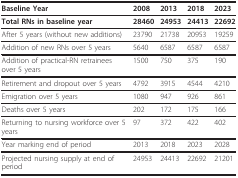
<table><thead><tr><td><b>Baseline Year</b></td><td><b>2008</b></td><td><b>2013</b></td><td><b>2018</b></td><td><b>2023</b></td></tr></thead><tbody><tr><td><b>Total RNs in baseline year</b></td><td><b>28460</b></td><td><b>24953</b></td><td><b>24413</b></td><td><b>22692</b></td></tr><tr><td>After 5 years (without new additions)</td><td>23790</td><td>21738</td><td>20953</td><td>19259</td></tr><tr><td>Addition of new RNs over 5 years</td><td>5640</td><td>6587</td><td>6587</td><td>6587</td></tr><tr><td>Addition of practical-RN retrainees over 5 years</td><td>1500</td><td>750</td><td>375</td><td>190</td></tr><tr><td>Retirement and dropout over 5 years</td><td>4792</td><td>3915</td><td>4544</td><td>4210</td></tr><tr><td>Emigration over 5 years</td><td>1080</td><td>947</td><td>926</td><td>861</td></tr><tr><td>Deaths over 5 years</td><td>202</td><td>172</td><td>175</td><td>166</td></tr><tr><td>Returning to nursing workforce over 5 years</td><td>97</td><td>372</td><td>422</td><td>402</td></tr><tr><td>Year marking end of period</td><td>2013</td><td>2018</td><td>2023</td><td>2028</td></tr><tr><td>Projected nursing supply at end of period</td><td>24953</td><td>24413</td><td>22692</td><td>21201</td></tr></tbody></table>